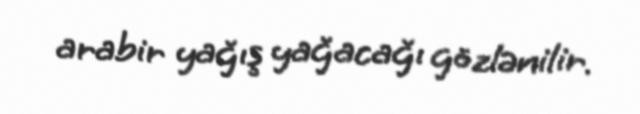
arabir yağış yağacağı gözlənilir.